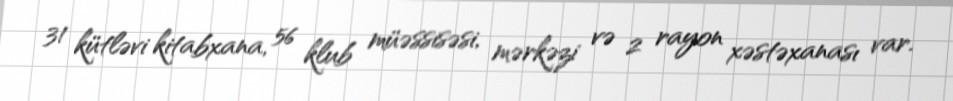
31 kütləvi kitabxana, 56 klub müəssisəsi, mərkəzi və 2 rayon xəstəxanası var.